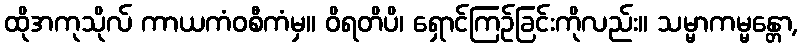
ထိုအကုသိုလ် ကာယကံဝစီကံမှ။ ဝိရတိပိ၊ ရှောင်ကြဉ်ခြင်းကိုလည်း။ သမ္မာကမ္မန္တော,